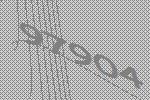
97904